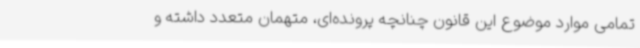
تمامی موارد موضوع این قانون چنانچه پرونده‌ای، متهمان متعدد داشته و